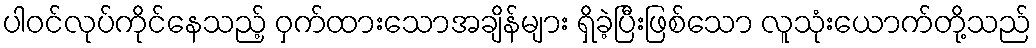
ပါဝင်လုပ်ကိုင်နေသည့် ဝှက်ထားသောအချိန်များ ရှိခဲ့ပြီးဖြစ်သော လူသုံးယောက်တို့သည်